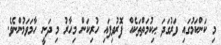
މި ކަންކަމުގައި ވަރުގަދަ ޙިކުމަތްތަކެއް ފޮރުވިފައި ހުރިކަން މިހާރު މި ދަނީ ހާމަވަމުންނެވެ.